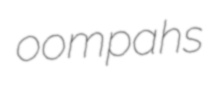
oompahs